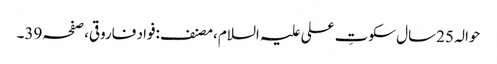
حوالہ 25سال سکوتِ علی علیہ السلام،مصنف:فواد فاروقی،صفحہ39۔